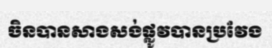
ចិនបានសាងសង់ផ្លូវបានប្រវែង